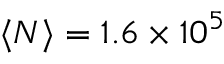
\langle N \rangle = 1 . 6 \times 1 0 ^ { 5 }